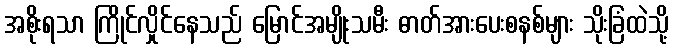
အစိုးရသာ ကြိုင်လှိုင်နေသည် မြောင်အမျိုးသမီး ဓာတ်အားပေးစနစ်များ သိုးခြံထဲသို့